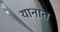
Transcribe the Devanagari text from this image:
यानात